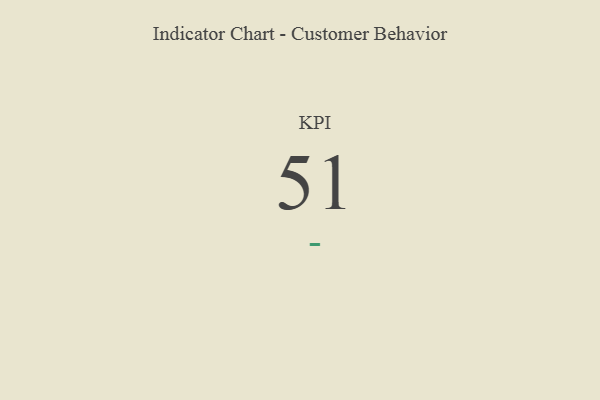
{"axis": {"x": "KPI", "y": "Value"}, "legend": [""], "data": [{"x": "KPI", "y": 51, "type": ""}]}